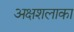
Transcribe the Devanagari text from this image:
अक्षशलाका